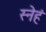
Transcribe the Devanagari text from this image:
स्नेहं